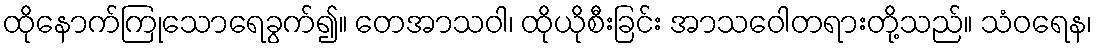
ထိုနောက်ကြုသောရေခွက်၍။ တေအာသဝါ၊ ထိုယိုစီးခြင်း အာသဝေါတရားတို့သည်။ သံဝရေန၊